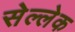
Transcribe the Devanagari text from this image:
सेल्लेक